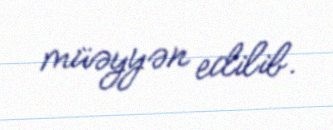
müəyyən edilib.